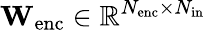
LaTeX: \mathbf{W}_{\mathrm{enc}}\in\mathbb{R}^{N_{\mathrm{enc}}\times N_{\mathrm{in}}}